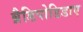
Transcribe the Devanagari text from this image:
ब्रैडिपोडिडाए